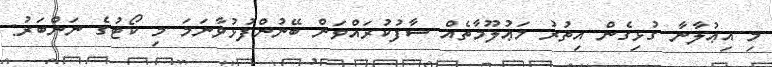
މި އިޢުލާނާ ގުޅިގެން އިތުރު މަޢުލޫމާތެއް ސާފުކުރައްވަން ބޭނުންފުޅުވާނަމަ މި ކޯޓުގެ ނަންބަރު: